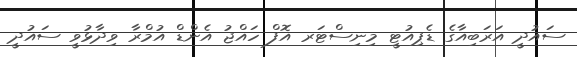
ސައުދީ އަރަބިއާގެ ޑެޕިއުޓީ މިނިސްޓަރ އޮފް ހައްޖު އެންޑް އުމްރާ ވިދާޅުވީ ސައުދީ